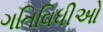
ગતિવિધીઓ